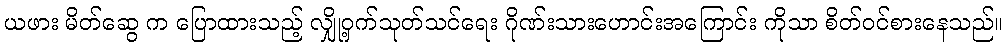
ယဖား မိတ်ဆွေ က ပြောထားသည့် လျှို့ဝှက်သုတ်သင်ရေး ဂိုဏ်းသားဟောင်းအကြောင်း ကိုသာ စိတ်ဝင်စားနေသည်။